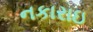
નકારાઇ